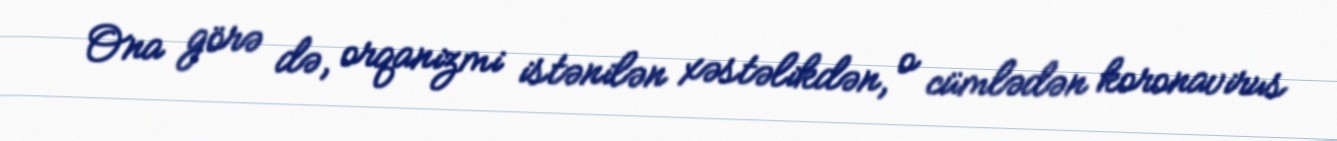
Ona görə də, orqanizmi istənilən xəstəlikdən, o cümlədən koronavirus